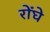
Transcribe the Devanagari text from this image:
रोंघे